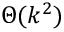
\Theta ( k ^ { 2 } )